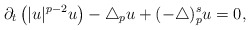
\begin{align*}\partial_t\left(|u|^{p-2}u\right)-\triangle_pu+(-\triangle)_p^su=0,\end{align*}